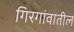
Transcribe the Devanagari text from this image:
गिरगांवातील